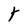
Character: t